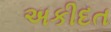
અકીદત